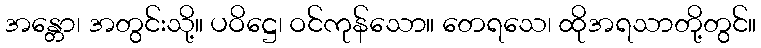
အန္တော၊ အတွင်းသို့။ ပဝိဋ္ဌေ၊ ဝင်ကုန်သော။ တေရသေ၊ ထိုအရသာတို့တွင်။